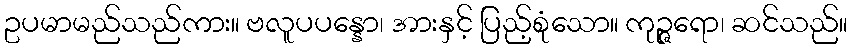
ဥပမာမည်သည်ကား။ ဗလူပပန္နော၊ အားနှင့် ပြည့်စုံသော။ ကုဉ္ဇရော၊ ဆင်သည်။